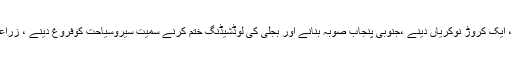
تحریک انصاف نے اپنے منشور میں لوگوں کو گھر دینے، ایک کروڑ نوکریاں دینے ،جنوبی پنجاب صوبہ بنانے اور بجلی کی لوڈشیڈنگ ختم کرنے سمیت سیروسیاحت کوفروغ دینے ، زراعت کوترقی دینے جیسے نکات منشور میں شامل کیے ہیں۔